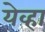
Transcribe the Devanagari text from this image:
येव्हा